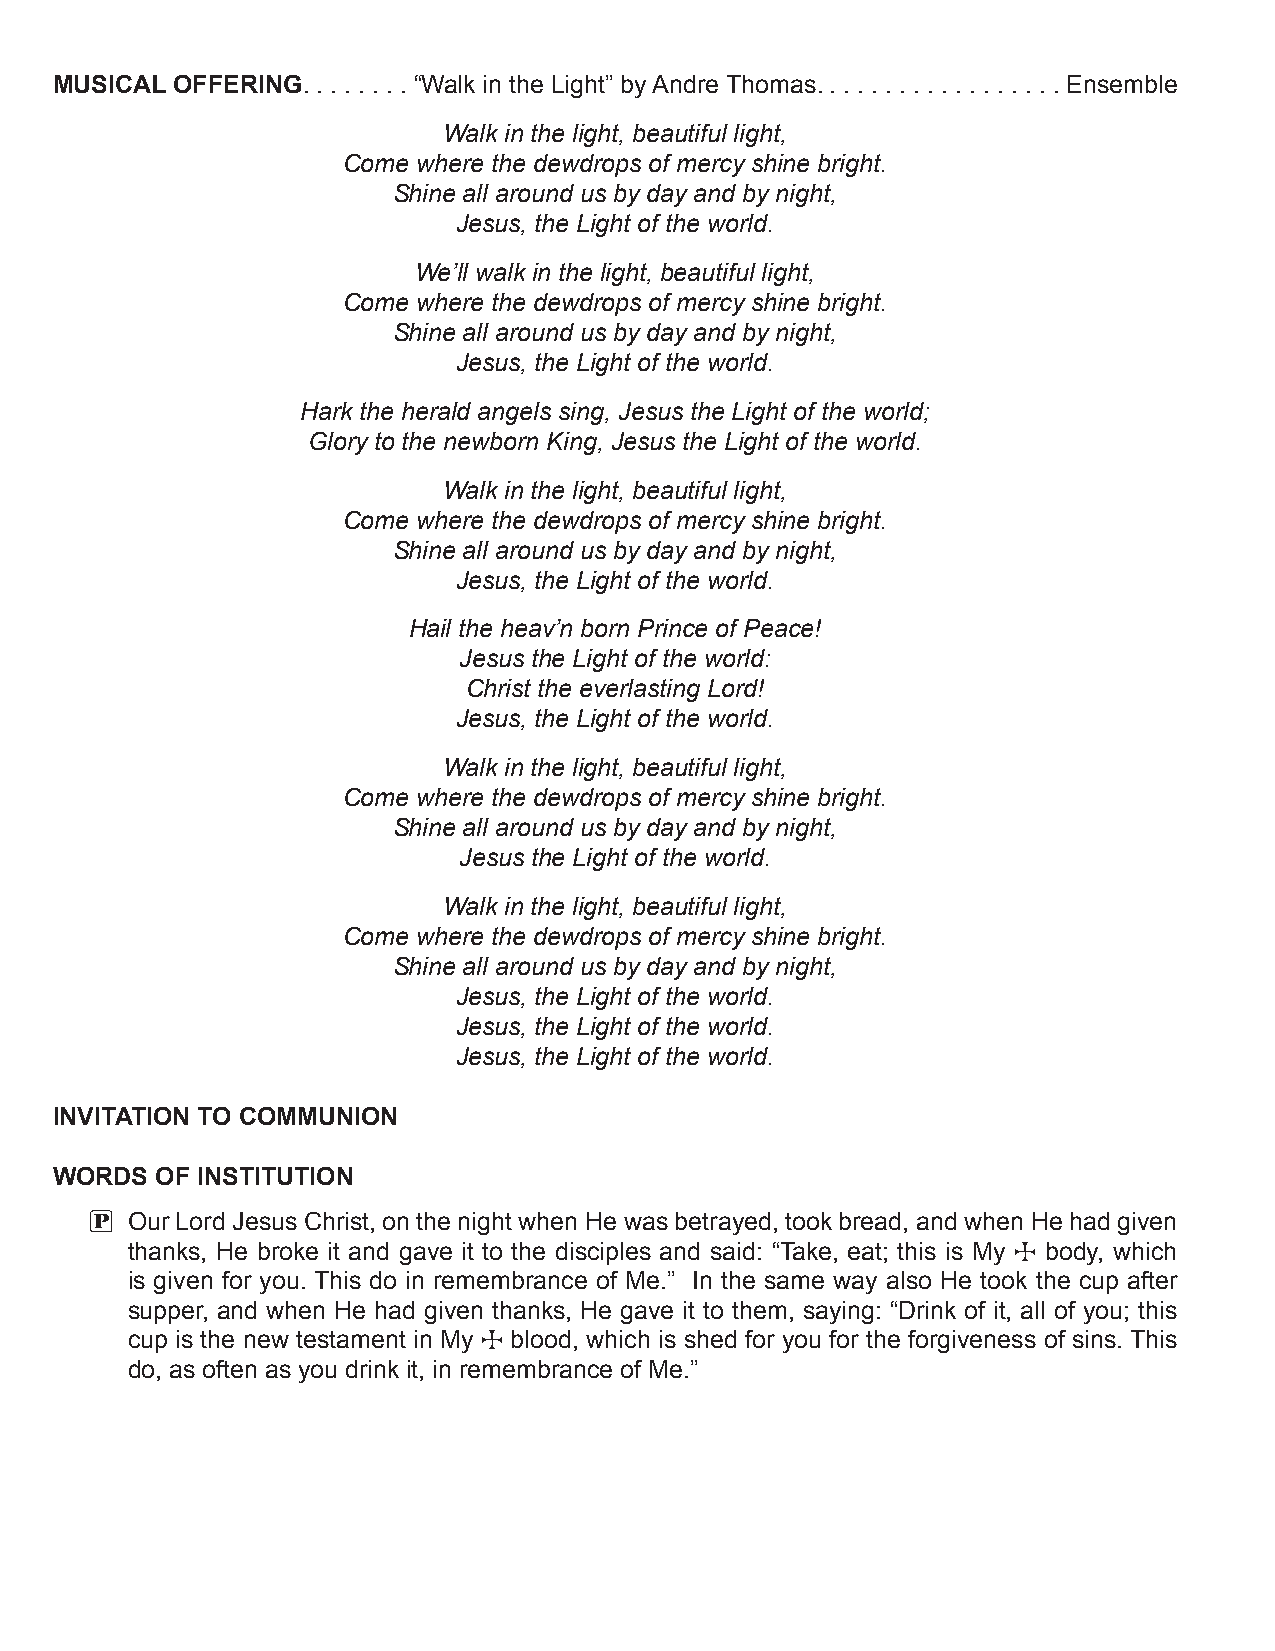
MUSICAL OFFERING  .  .  .  .  .  .  .  . “Walk in the Light” by Andre Thomas .  .  .  .  .  .  .  .  .  .  .  .  .  .  .  .  . . Ensemble
 Walk in the light, beautiful light,
 Come where the dewdrops of mercy shine bright.
 Shine all around us by day and by night,
 Jesus, the Light of the world.
 We’ll walk in the light, beautiful light,
 Come where the dewdrops of mercy shine bright.
 Shine all around us by day and by night,
 Jesus, the Light of the world.
 Hark the herald angels sing, Jesus the Light of the world;
 Glory to the newborn King, Jesus the Light of the world.
 Walk in the light, beautiful light,
 Come where the dewdrops of mercy shine bright.
 Shine all around us by day and by night,
 Jesus, the Light of the world.
 Hail the heav’n born Prince of Peace!
 Jesus the Light of the world:
 Christ the everlasting Lord!
 Jesus, the Light of the world.
 Walk in the light, beautiful light,
 Come where the dewdrops of mercy shine bright.
 Shine all around us by day and by night,
 Jesus the Light of the world.
 Walk in the light, beautiful light,
 Come where the dewdrops of mercy shine bright.
 Shine all around us by day and by night,
 Jesus, the Light of the world.
 Jesus, the Light of the world.
 Jesus, the Light of the world.
 INVITATION TO COMMUNION
 WORDS  OF INSTITUTION
 P Our Lord Jesus Christ, on the night when He was betrayed, took bread, and when He had given
 thanks, He broke it and gave it to the disciples and said: “Take, eat; this is My T body, which
 is given for you . This do in remembrance of Me .” In the same way also He took the cup after
 supper, and when He had given thanks, He gave it to them, saying: “Drink of it, all of you; this
 cup is the new testament in My T blood, which is shed for you for the forgiveness of sins . This
 do, as often as you drink it, in remembrance of Me .”